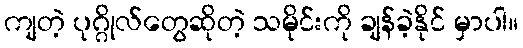
ကျတဲ့ ပုဂ္ဂိုလ်တွေဆိုတဲ့ သမိုင်းကို ချန်ခဲ့နိုင် မှာပါ။